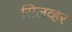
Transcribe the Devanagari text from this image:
सिलव्हर